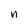
Character: n